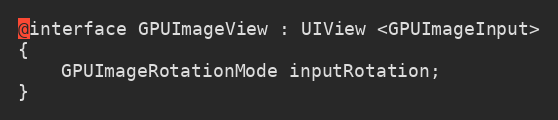
Language: C
@interface GPUImageView : UIView <GPUImageInput>
{
    GPUImageRotationMode inputRotation;
}